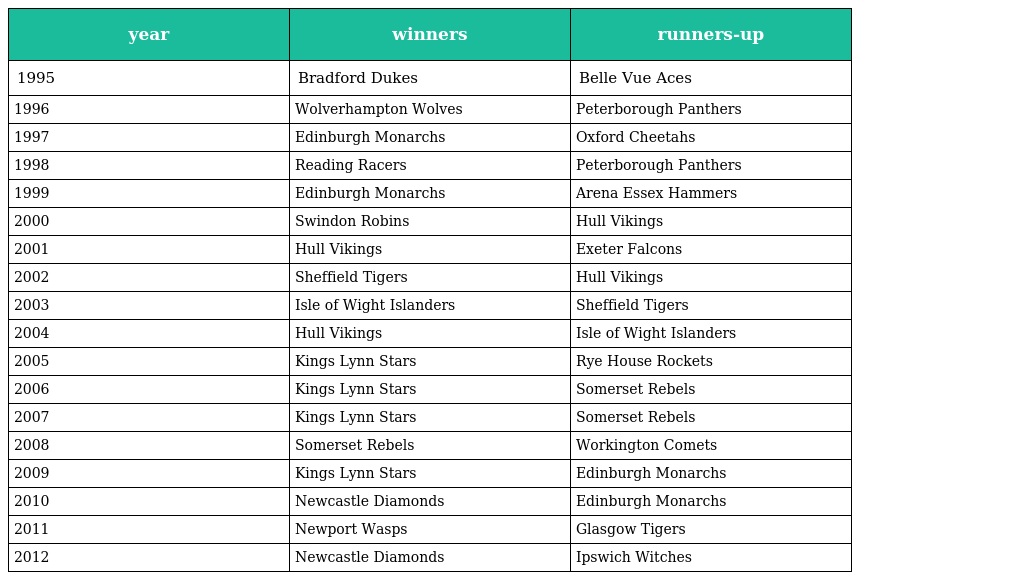
| year | winners | runners-up |
 | --- | --- | --- |
 | 1995 | Bradford Dukes | Belle Vue Aces |
 | 1996 | Wolverhampton Wolves | Peterborough Panthers |
 | 1997 | Edinburgh Monarchs | Oxford Cheetahs |
 | 1998 | Reading Racers | Peterborough Panthers |
 | 1999 | Edinburgh Monarchs | Arena Essex Hammers |
 | 2000 | Swindon Robins | Hull Vikings |
 | 2001 | Hull Vikings | Exeter Falcons |
 | 2002 | Sheffield Tigers | Hull Vikings |
 | 2003 | Isle of Wight Islanders | Sheffield Tigers |
 | 2004 | Hull Vikings | Isle of Wight Islanders |
 | 2005 | Kings Lynn Stars | Rye House Rockets |
 | 2006 | Kings Lynn Stars | Somerset Rebels |
 | 2007 | Kings Lynn Stars | Somerset Rebels |
 | 2008 | Somerset Rebels | Workington Comets |
 | 2009 | Kings Lynn Stars | Edinburgh Monarchs |
 | 2010 | Newcastle Diamonds | Edinburgh Monarchs |
 | 2011 | Newport Wasps | Glasgow Tigers |
 | 2012 | Newcastle Diamonds | Ipswich Witches |